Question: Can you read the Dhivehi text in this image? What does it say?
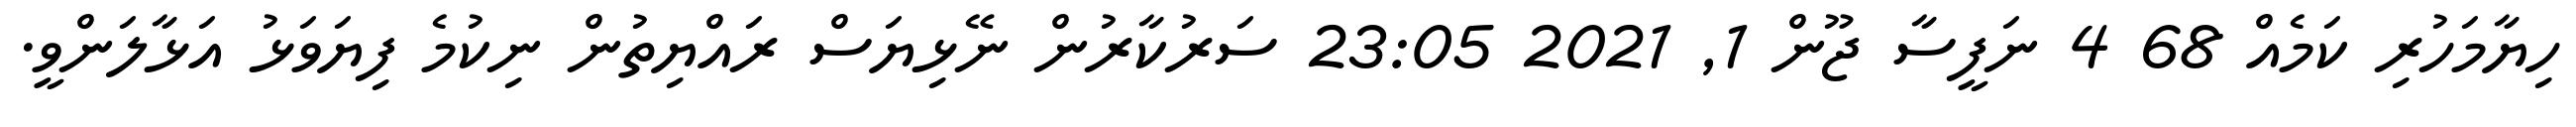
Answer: ހިޔާމަހުރި ކަމެއް 68 4 ނަފީސާ ޖޫން 1, 2021 23:05 ސަރުކާރުން ނޭޅިޔަސް ރައްޔިތުން ނިކުމެ ފިޔަވަޅު އަޅާލަންވީ.